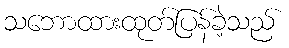
သဘောထားထုတ်ပြန်ခဲ့သည်